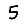
Digit: 5